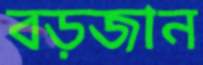
বড়জান